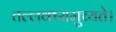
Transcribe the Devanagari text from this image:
तल्लक्ष्यमुच्यते।